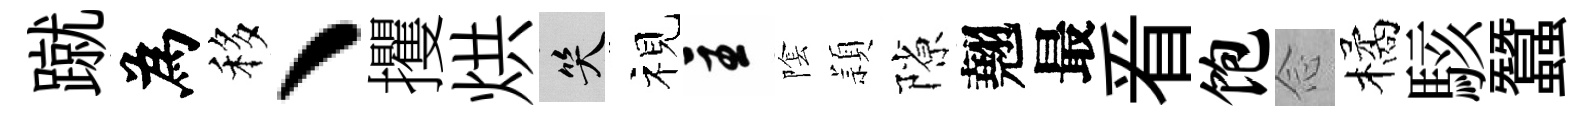
蹴為移、攫烘笑视主隂頴隙翹最㸔饱𫝹橘駭蠶